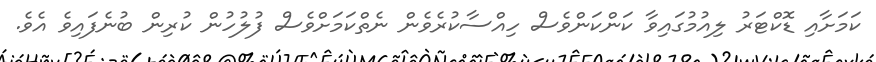
ކަމަށާއި ޑޮކްޓަރު ލިއުމުގައިވާ ކަންކަންވެސް ހިއްސާކުރެވެން ނެތްކަމަށްވެސް ފުލުހުން ކުރިން ބުނެފައިވެ އެވެ.